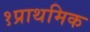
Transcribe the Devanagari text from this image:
१प्राथमिक